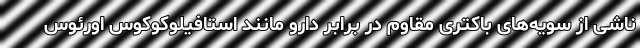
ناشی از سویه‌های باکتری مقاوم در برابر دارو مانند استافیلوکوکوس اورئوس